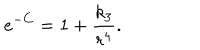
e ^ { - C } = 1 + \frac { k _ { 3 } } { r ^ { 4 } } .